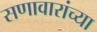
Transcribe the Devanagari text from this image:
सणावारांच्या